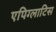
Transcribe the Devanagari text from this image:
एपिग्लाटिस